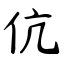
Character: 伉